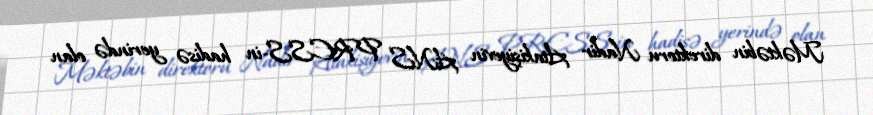
Məktəbin direktoru Nadir Atakişiyevin ANS PRESS-in hadisə yerində olan